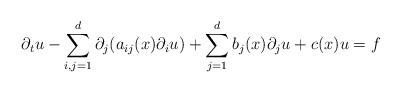
LaTeX: \begin{align*}\partial_tu-\sum_{i,j=1}^d\partial_j(a_{ij}(x)\partial_i u)+\sum_{j=1}^db_j(x)\partial_j u+c(x) u =f \end{align*}